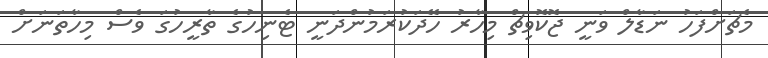
މެޗަށްފަހު ނަޑާލް ވަނީ ޖޮކޮވިޗް މިހާރު ހޭދަކުރަމުންދަނީ ޓެނިހުގެ ތާރީހުގަ ވެސް މިހާތަނަށް